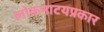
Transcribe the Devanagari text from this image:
लोकनाटयप्रकार